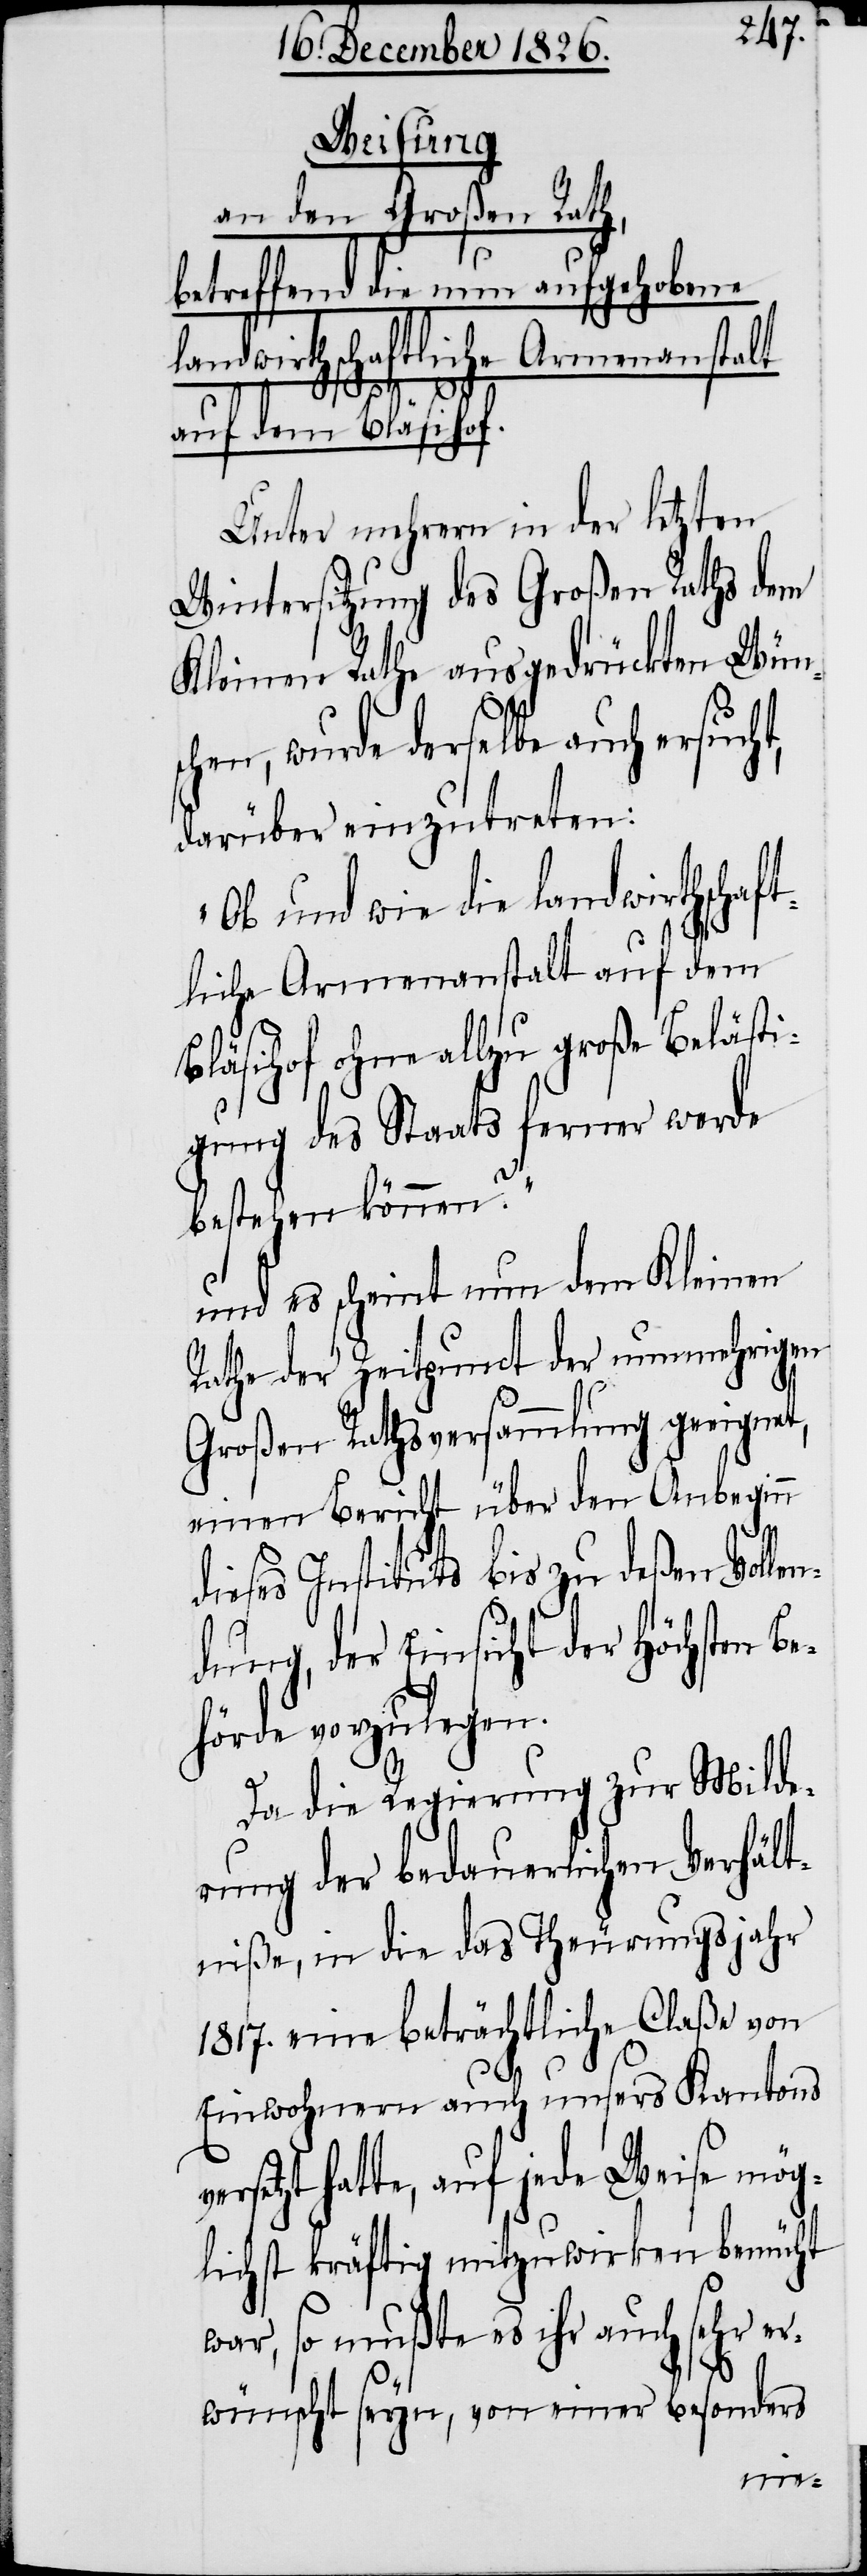
Weisung
an den Großen Rath,
betreffend die nun aufgehobene
landwirthschaftliche Armenanstalt
auf dem Bläsihof.
Unter mehrern in der letzten
Wintersitzung des Großen Raths dem
Kleinen Rathe ausgedrückten Wüns¬
chen, wurde derselbe auch ersuch¬
darüber einzutreten:
„Ob und wie die landwirthschaft¬
liche Armenanstalt auf dem
Bläsihof ohne allzu große Belästi¬
gung des Staats ferner werde
bestehen können?“
und es scheint nun dem Kleinen
Rathe der Zeitpunct der nunmehrigen
Großen Rathsversammlung geeignet,
einen Bericht über den Anbeginn
dieses Instituts bis zu deßen Volle¬
ndung, der Einsicht der Höchsten B¬
ehörde vorzulegen.
Da die Regierung zur Milde¬
rung der bedauerlichen Verhält¬
niße, in die das Theuerungsjahr
1817. eine beträchtliche Claße von
t,
Einwohnern auch unsers Kantons
setzt hatte, auf jede Weise mög¬
lichst kräftig mitzuwirken bemüht
war, so mußte es ihr auch sehr er¬
wünscht seyn, von einer besonders
ver¬